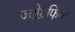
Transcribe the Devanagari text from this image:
ज्योग्रफिया